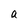
Character: a